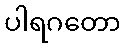
ပါရဂတော